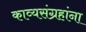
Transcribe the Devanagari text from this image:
काव्यसंग्रहांना